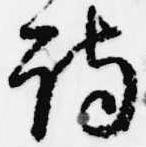
詩